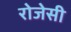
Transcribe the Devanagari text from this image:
रोजेसी